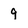
Character: 9